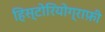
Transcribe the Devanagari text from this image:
हिस्टोरियोग्राफ़ी